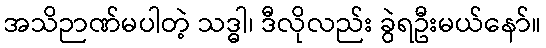
အသိဉာဏ်မပါတဲ့ သဒ္ဓါ၊ ဒီလိုလည်း ခွဲရဦးမယ်နော်။